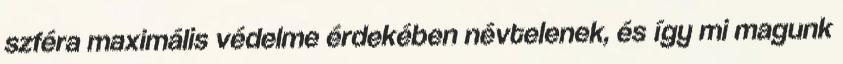
szféra maximális védelme érdekében névtelenek, és így mi magunk